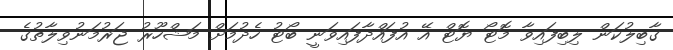
ގާބިލުކަން ލިބިފައިވާ މޮޓޯ ޔޮޓް އޭ އުފައްދާފައިވަނީ ބޯޓު ހެދުމަށް މަޝްހޫރު ޖަރުމަނުވިލާތުގެ